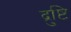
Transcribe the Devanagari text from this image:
द्रुष्टि